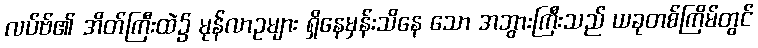
လပ်ဗ်၏ အိတ်ကြီးထဲ၌ မုန်လာဥများ ရှိနေမှန်းသိနေ သော အဘွားကြီးသည် ယခုတစ်ကြိမ်တွင်